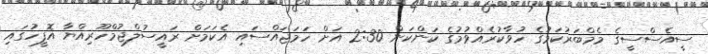
ސީއެސްސީގެ މެމްބަރުކަމުގެ ހުވާކުރެއްވުމުގެ ކަންކަން 2:30 އަށް ހަމަޖައްސައި އެކަމަށް ރައީސުލްޖުމްހޫރިއްޔާ އޮފީހުގައި